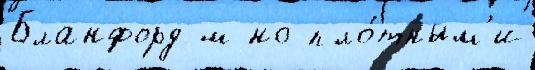
Бланфорд м но пло́тным'и